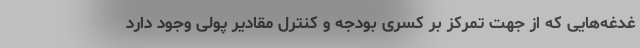
غدغه‌هایی که از جهت تمرکز بر کسری بودجه و کنترل مقادیر پولی وجود دارد